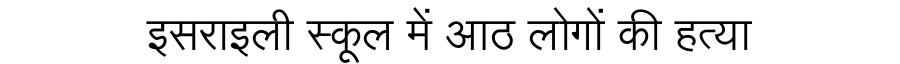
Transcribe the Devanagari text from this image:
इसराइली स्कूल में आठ लोगों की हत्या